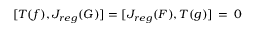
[ { \cal T } ( f ) , { \cal J } _ { r e g } ( G ) ] = [ { \cal J } _ { r e g } ( F ) , { \cal T } ( g ) ] \, = \, 0